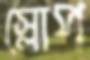
স্লোপ